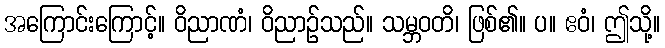
အကြောင်းကြောင့်။ ဝိညာဏံ၊ ဝိညာဉ်သည်။ သမ္ဘဝတိ၊ ဖြစ်၏။ ပ။ ဧဝံ၊ ဤသို့။